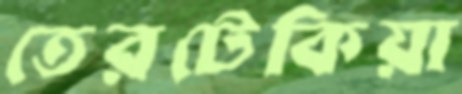
তেরটেকিয়া